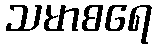
သမာစရေ